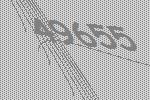
49655